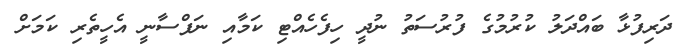
ދަރިފުޅާ ބައްދަލު ކުރުމުގެ ފުރުސަތު ނުދީ ހިފެހެއްޓި ކަމާއި ނަފްސާނީ އެހީތެރި ކަމަށް